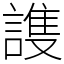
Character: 謢